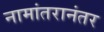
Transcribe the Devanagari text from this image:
नामांतरानंतर